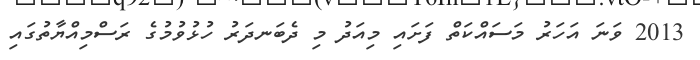
2013 ވަނަ އަހަރު މަސައްކަތް ފަށައި މިއަދު މި ދެބަނދަރު ހުޅުވުމުގެ ރަސްމިއްޔާތުގައި